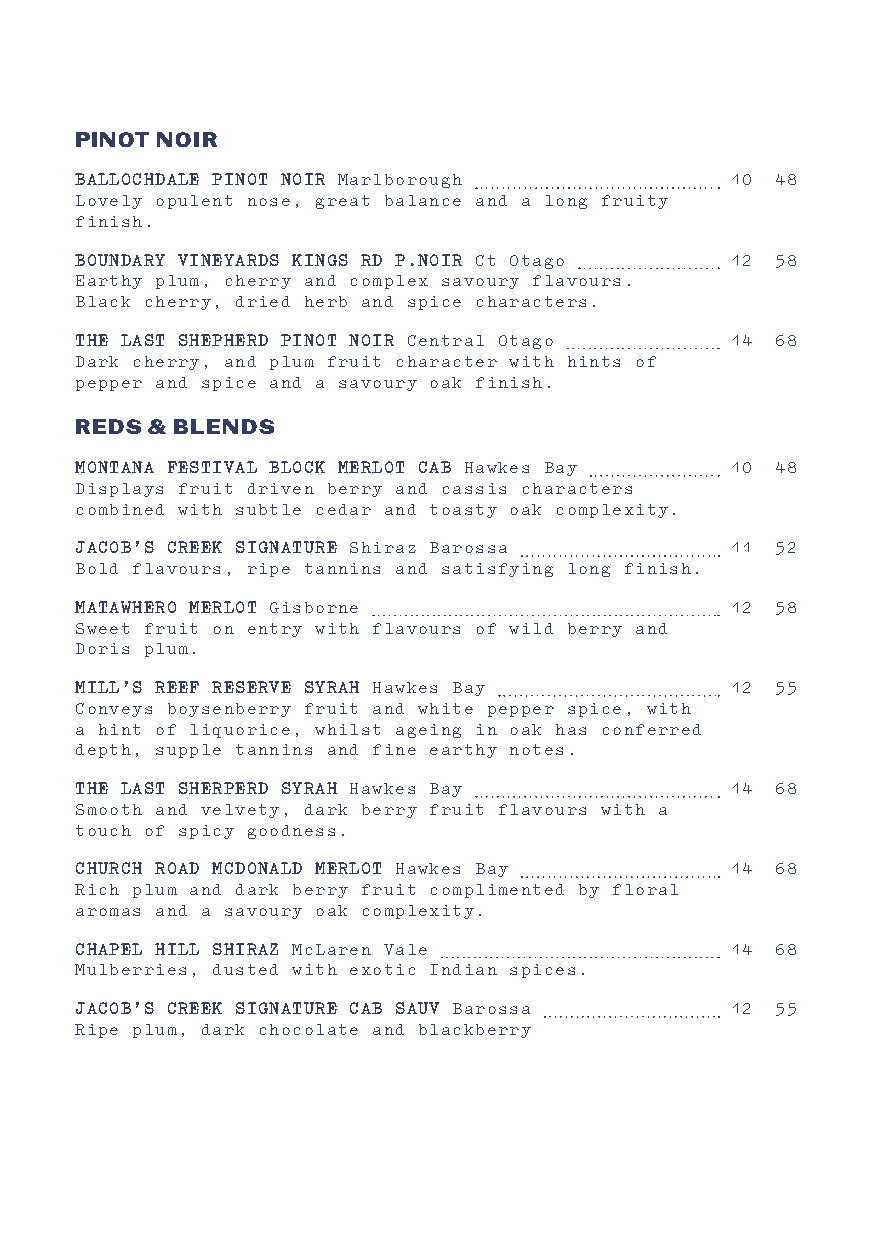
PINOT NOIR
 BALLOCHDALE PINOT NOIR Marlborough         10 48
 Lovely opulent nose, great balance and a long fruity
 finish.
 BOUNDARY VINEYARDS KINGS RD P.NOIR Ct Otago 12 58
 Earthy plum, cherry and complex savoury flavours.
 Black cherry, dried herb and spice characters.
 THE LAST SHEPHERD PINOT NOIR Central Otago 14 68
 Dark cherry, and plum fruit character with hints of
 pepper and spice and a savoury oak finish.
 REDS & BLENDS
 MONTANA FESTIVAL BLOCK MERLOT CAB Hawkes Bay 10 48
 Displays fruit driven berry and cassis characters
 combined with subtle cedar and toasty oak complexity.
 JACOB’S CREEK SIGNATURE Shiraz Barossa     11 52
 Bold flavours, ripe tannins and satisfying long finish.
 MATAWHERO MERLOT Gisborne                  12 58
 Sweet fruit on entry with flavours of wild berry and
 Doris plum.
 MILL’S REEF RESERVE SYRAH Hawkes Bay       12 55
 Conveys boysenberry fruit and white pepper spice, with
 a hint of liquorice, whilst ageing in oak has conferred
 depth, supple tannins and fine earthy notes.
 THE LAST SHERPERD SYRAH Hawkes Bay         14 68
 Smooth and velvety, dark berry fruit flavours with a
 touch of spicy goodness.
 CHURCH ROAD MCDONALD MERLOT Hawkes Bay     14 68
 Rich plum and dark berry fruit complimented by floral
 aromas and a savoury oak complexity.
 CHAPEL HILL SHIRAZ McLaren Vale            14 68
 Mulberries, dusted with exotic Indian spices.
 JACOB’S CREEK SIGNATURE CAB SAUV Barossa   12 55
 Ripe plum, dark chocolate and blackberry